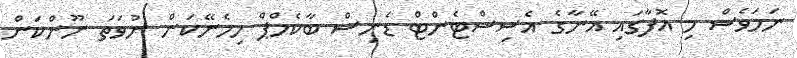
ނަމަވެސް މި އޮފާގައި އޭނާގެ އެސިސްޓެންޓް ޑެނިސް ބާކެމްޕް ހިމެނޭކަން ނުވަތަ ނޫންކަން